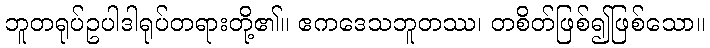
ဘူတရုပ်ဥပါဒါရုပ်တရားတို့၏။ ဧကဒေသဘူတဿ၊ တစိတ်ဖြစ်၍ဖြစ်သော။